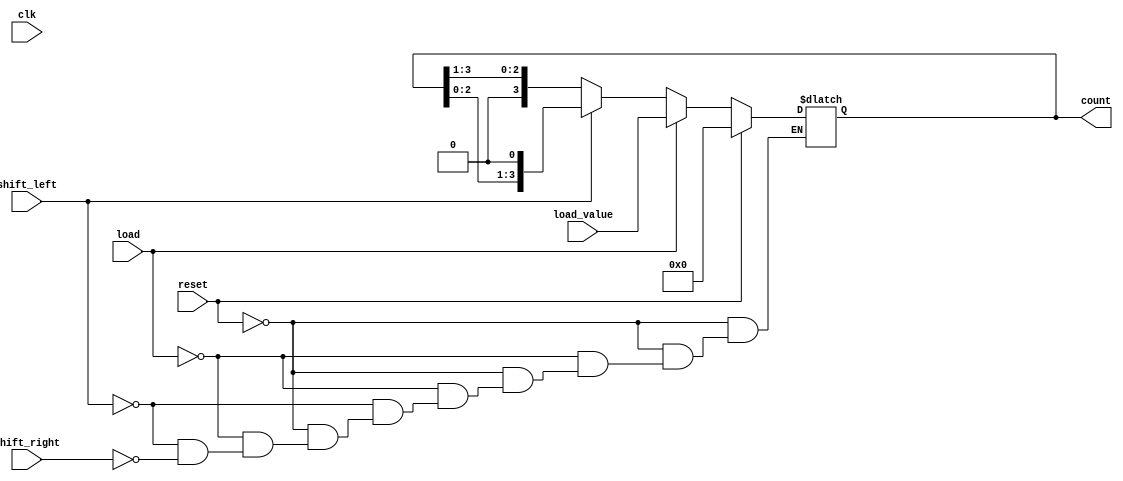
module async_shift_counter (
    input wire clk,               // Clock signal
    input wire reset,             // Asynchronous reset
    input wire load,              // Load control
    input wire [3:0] load_value,  // Value to load into the counter
    input wire shift_left,        // Shift left control
    input wire shift_right,       // Shift right control
    output reg [3:0] count        // 4-bit counter output
);

    // Asynchronous reset and load mechanism
    always @(*) begin
        if (reset) begin
            count = 4'b0000;       // Reset counter to 0
        end else if (load) begin
            count = load_value;    // Load the specified value
        end else if (shift_left) begin
            count = {count[2:0], 1'b0}; // Shift left, introduce 0 at LSB
        end else if (shift_right) begin
            count = {1'b0, count[3:1]}; // Shift right, introduce 0 at MSB
        end
    end

endmodule